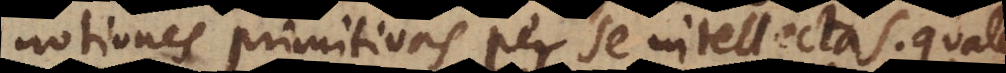
notiones primitivas per se intellectas; qualem